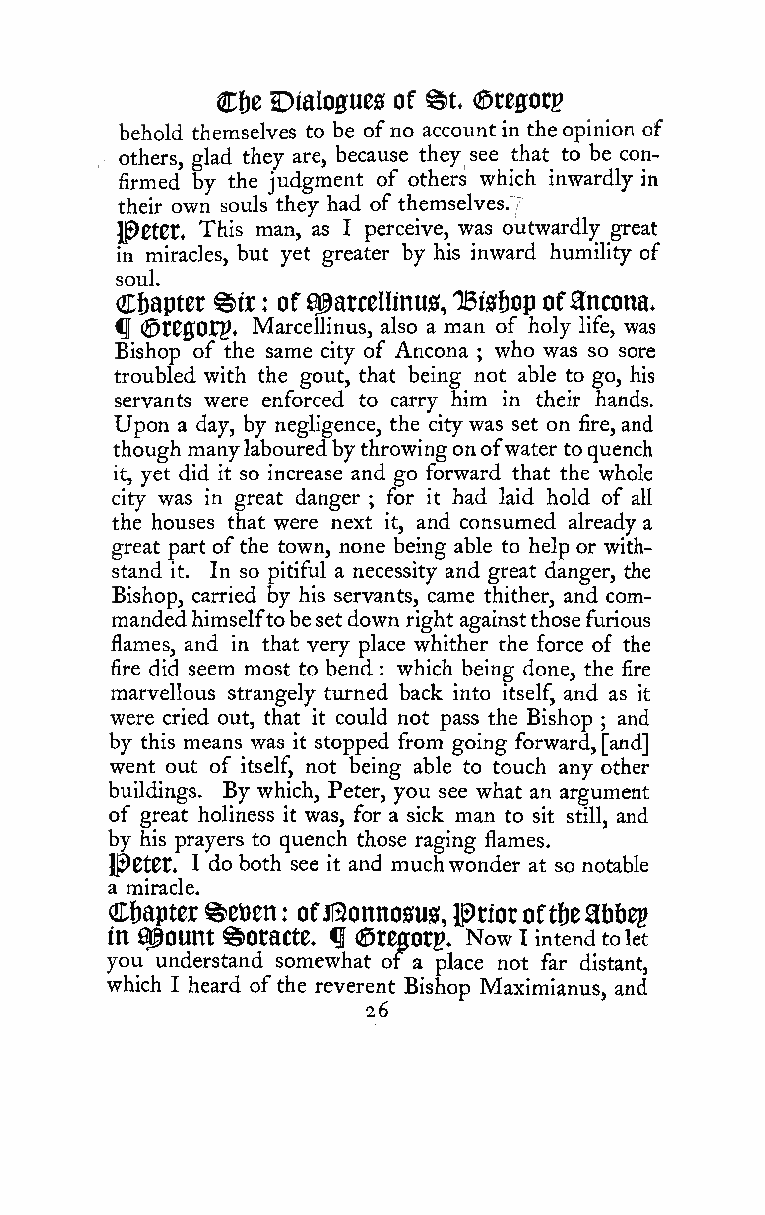
@t
 €tt Dialogues of (Sregorp
 behold themselves to be ofno account in the opinion of
 others, glad they are, because they see that to be con-
 firmed by the judgment of others which inwardly in
 their own souls they had of themselves. ,~
 l^CtCt. This man, as I perceive, was outwardly great
 in miracles, but yet greater by his inward humility of
 soul.
 Cf)aptct ^ir ofa^arcellinus, TBis&op ofancona.
 :
 i^ (^XtQOX^, Marcellinus, also a man of holy life, was
 Bishop of the same city of Ancona who was so sore
 ;
 troubled with the gout, that being not able to go, his
 servants were enforced to carry him in their hands.
 Upon a day, by negligence, the citywas set on fire, and
 though manylabouredbythrowingonofwater toquench
 it, yet did it so increase and go forward that the whole
 city was in great danger ; for it had laid hold of all
 the houses that were next it, and consumed already a
 great part ofthe town, none being able to help or with-
 stand it. In so pitiful a necessity and great danger, the
 Bishop, carried by his servants, came thither, and com-
 mandedhimselftobesetdown right againstthosefurious
 flames, and in that very place whither the force of the
 fire did seem most to bend : which being done, the fire
 marvellous strangely turned back into itself, and as it
 were cried out, that it could not pass the Bishop ; and
 by this means was it stopped from going forward, [and]
 went out of itself, not being able to touch any other
 buildings. By which, Peter, you see what an argument
 of great holiness it was, for a sick man to sit still, and
 by his prayers to quench those raging flames.
 l^Ctet. 1 do both see it and muchwonder at so notable
 a miracle.
 Chapter ^etien
 :
 ofJl3onnosu0, priotoftfje9bfjep
 in amount ^OtaCte. f (SregOtp. Now I intendtolet
 you understand somewhat of a place not far distant,
 which I heard ofthe reverent Bishop Maximianus, and
 26